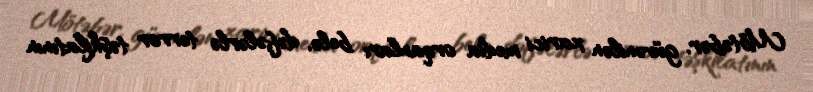
Mötəbər, güvənilən xarici media orqanları belə, dəfələrlə terror təşkilatının